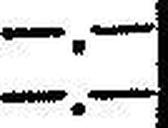
—.—